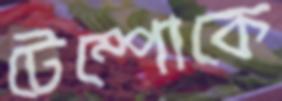
টেম্পোকে